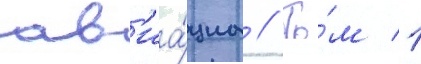
ав'иа́циа // То́м 1